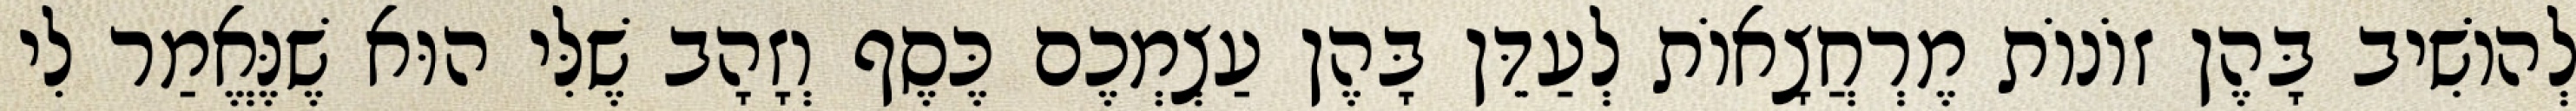
לְהוֹשִׁיב בָּהֶן זוֹנוֹת מֶרְחֲצָאוֹת לְעַדֵּן בָּהֶן עַצְמְכֶם כֶּסֶף וְזָהָב שֶׁלִּי הוּא שֶׁנֶּאֱמַר לִי